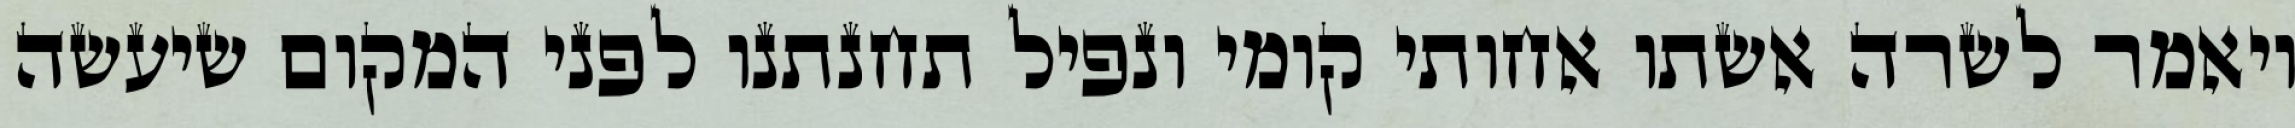
ויאמר לשרה אשתו אחותי קומי ונפיל תחנתנו לפני המקום שיעשה